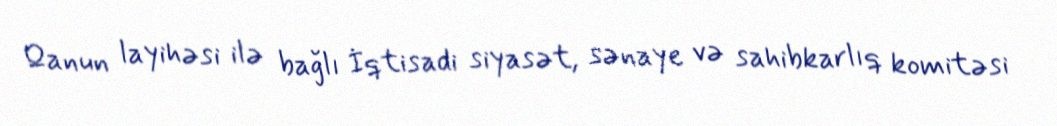
Qanun layihəsi ilə bağlı İqtisadi siyasət, sənaye və sahibkarlıq komitəsi